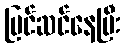
ပြင်ဆင်နေပြီး